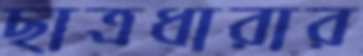
ছাত্রধারার